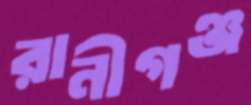
রানীগঞ্জ